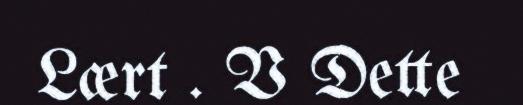
Lært . V Dette